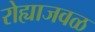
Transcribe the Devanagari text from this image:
रोह्याजवळ